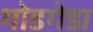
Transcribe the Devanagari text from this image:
गोडगेडा